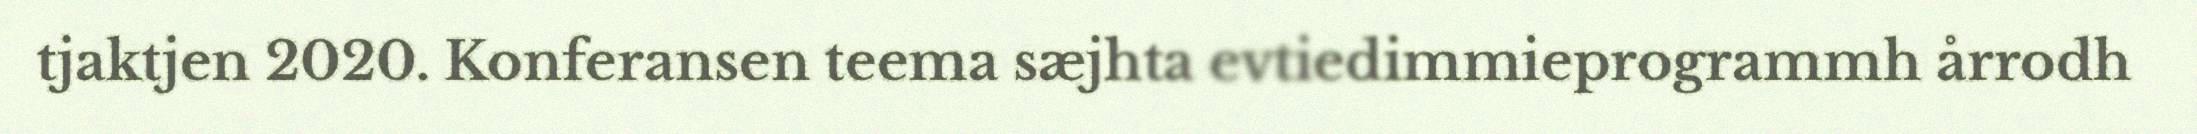
tjaktjen 2020. Konferansen teema sæjhta evtiedimmieprogrammh årrodh